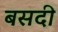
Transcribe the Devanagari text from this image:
बसदी